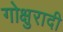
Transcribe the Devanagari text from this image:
गोक्षुरादी